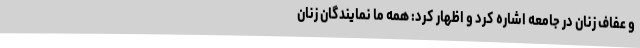
و عفاف زنان در جامعه اشاره کرد و اظهار کرد: همه ما نمایندگان زنان